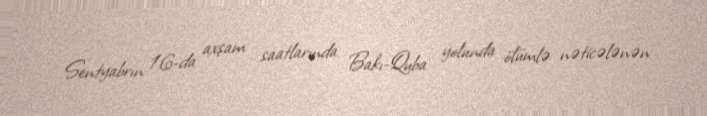
Sentyabrın 16-da axşam saatlarında Bakı-Quba yolunda ölümlə nəticələnən